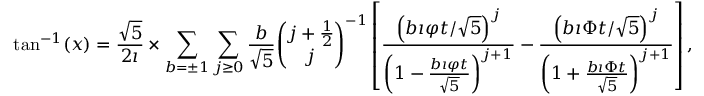
\tan ^ { - 1 } ( x ) = { \frac { \sqrt { 5 } } { 2 \imath } } \times \sum _ { b = \pm 1 } \sum _ { j \geq 0 } { \frac { b } { \sqrt { 5 } } } { \binom { j + { \frac { 1 } { 2 } } } { j } } ^ { - 1 } \left[ { \frac { \left( b \imath \varphi t / { \sqrt { 5 } } \right) ^ { j } } { \left( 1 - { \frac { b \imath \varphi t } { \sqrt { 5 } } } \right) ^ { j + 1 } } } - { \frac { \left( b \imath \Phi t / { \sqrt { 5 } } \right) ^ { j } } { \left( 1 + { \frac { b \imath \Phi t } { \sqrt { 5 } } } \right) ^ { j + 1 } } } \right] ,